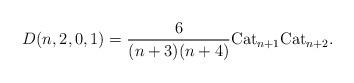
LaTeX: \begin{gather*} D(n,2,0,1)= \frac{6}{(n+3)(n+4)} {\rm Cat}_{n+1} {\rm Cat}_{n+2}. \end{gather*}